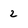
Character: 2